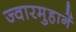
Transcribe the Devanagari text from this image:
ज्वारमुहानें